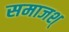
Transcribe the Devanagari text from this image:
समाजश्